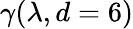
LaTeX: \gamma(\lambda,d=6)